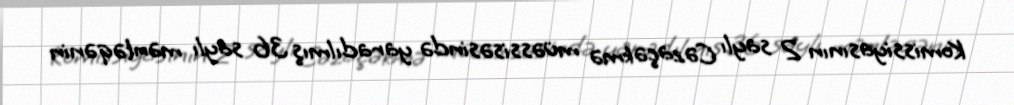
Komissiyasının 2 saylı Cəzaçəkmə müəssisəsində yaradılmış 36 saylı məntəqənin